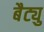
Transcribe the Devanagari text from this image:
बैट्यु